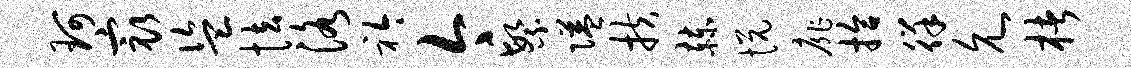
珂最盗怯洛衿今繁隘扶赫悦扉拾徉允楮